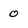
Character: 0